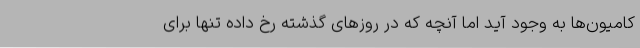
کامیون‌ها به وجود آید اما آنچه که در روزهای گذشته رخ داده تنها برای